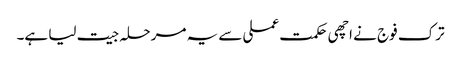
ترک فوج نے اچھی حکمت عملی سے یہ مرحلہ جیت لیا ہے۔